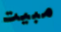
مبيت